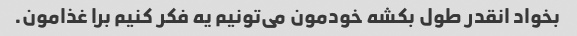
بخواد انقدر طول بکشه خودمون می‌تونیم یه فکر کنیم برا غذامون.